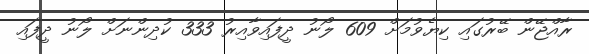
ރާއްޖޭން ބޭރުގައި ކިޔެވުމަށް 609 ލޯނު ދީފައިވާއިރު 333 ކުދިންނަށް ލޯނު ދީފައި